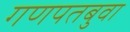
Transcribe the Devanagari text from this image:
गणपतबुवा